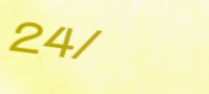
24/7